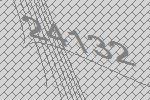
24132